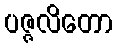
ပဇ္ဇလိတော